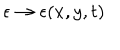
\epsilon \to \epsilon ( x , y , t )